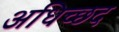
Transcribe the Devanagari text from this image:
अधिच्छद